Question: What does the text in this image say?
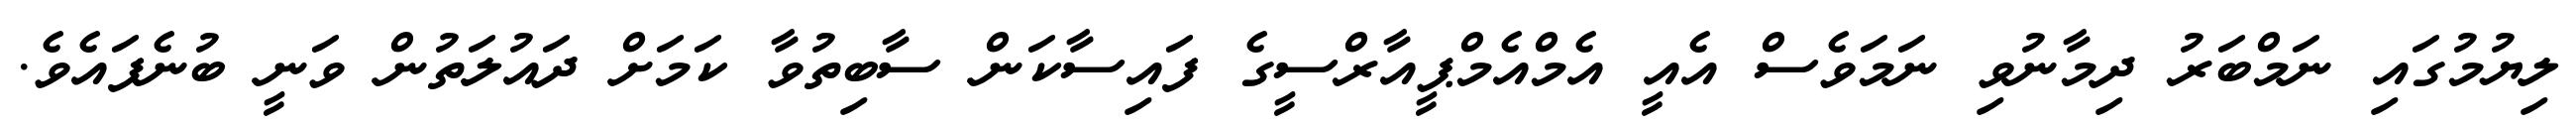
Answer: ލިޔުމުގައި ނަމްބަރު ދިމާނުވި ނަމަވެސް އެއީ އެމްއެމްޕީއާރްސީގެ ފައިސާކަން ސާބިތުވާ ކަމަށް ދައުލަތުން ވަނީ ބުނެފައެވެ.